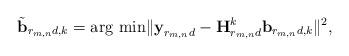
LaTeX: \begin{align*}\tilde{\textbf{b}}_{r_{m,n}d,k} = {\rm arg \ min} \| \textbf{y}_{r_{m,n}d}- \textbf{H}_{r_{m,n}d}^k \textbf{b}_{r_{m,n}d,k} \|^2,\end{align*}